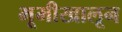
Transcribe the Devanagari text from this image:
भूमीखालून